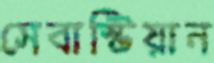
সেবাস্টিয়ান